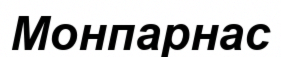
Монпарнас